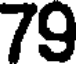
79